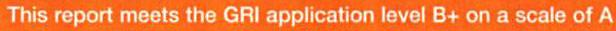
This report meets the GRI application level B+ on a scale of A